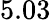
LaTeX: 5.03